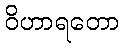
ဝိဟာရတော